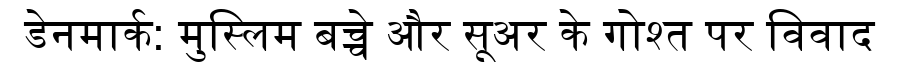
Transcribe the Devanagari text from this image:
डेनमार्क: मुस्लिम बच्चे और सूअर के गोश्त पर विवाद